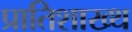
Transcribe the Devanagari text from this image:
प्रातिशाख्थ